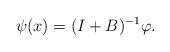
LaTeX: \begin{align*} \psi(x) = (I +B)^{-1}\varphi. \end{align*}